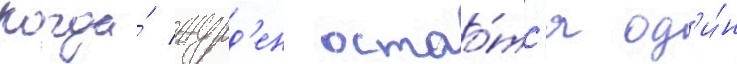
Когда́ журд'ен остао́тс'я од'и́н